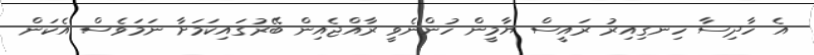
އެ ހާދިސާ ހިނގިއިރު ރައީސް ޔާމީން ހުންނެވީ ރާއްޖެއިން ބޭރުގައިކަމަށާ ނަމަވެސް އެކަން